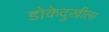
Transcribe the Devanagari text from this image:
डोकेदुखीला